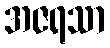
အဇရသာ